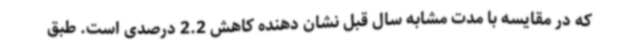
که در مقایسه با مدت مشابه سال قبل نشان دهنده کاهش 2.2 درصدی است. طبق